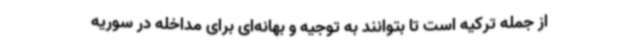
از جمله ترکیه است تا بتوانند به توجیه و بهانه‌ای برای مداخله در سوریه